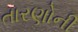
તારણોની